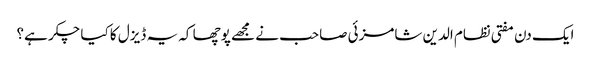
ایک دن مفتی نظام الدین شامزئی صاحب نے مجھے پوچھا کہ یہ ڈیزل کا کیا چکر ہے؟